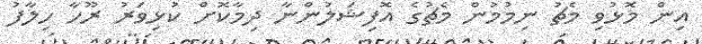
އިން މޮޅުވި މެޗު ނިމުމުން މެޗުގެ އޮފިޝަލުންނާ ދިމާކޮށް ކުޅިވަރު ރޫހާ ހިލާފު